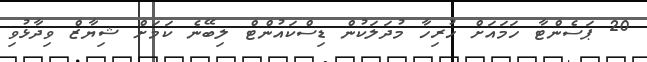
20 ޕަސެންޓާ ހަމައަށް ހުރިހާ މުދަލަކުން ޑިސްކައުންޓް ލިބޭނެ ކަމަށް ޝިޔާޒް ވިދާޅުވި